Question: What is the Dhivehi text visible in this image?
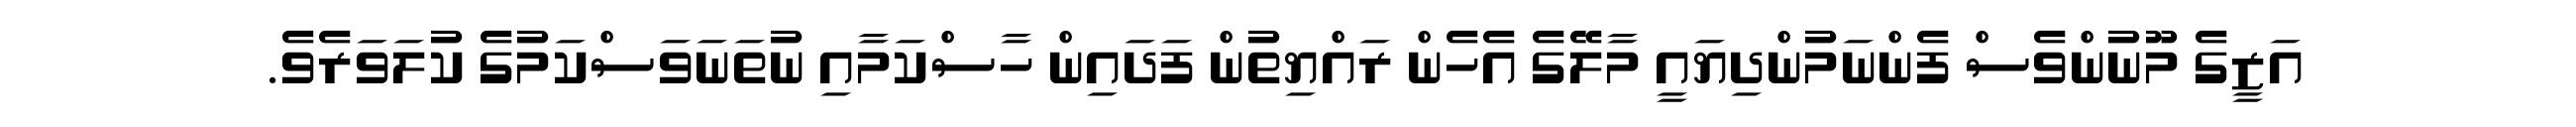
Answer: އަޒީގެ މޫނުންވެސް ފެންނަމުންދިޔައީ މާލޭގެ އެހެން ރައްޔިތުން ފަދައިން ހާސްކަމާއި ނުތަނަވަސްކަމުގެ ކުލަވަރެވެ.